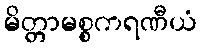
မိတ္တာမစ္စကရဏီယံ